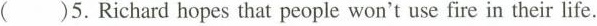
()5.Richard hopes that people won't use fire in their life.